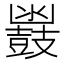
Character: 𮮩